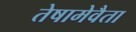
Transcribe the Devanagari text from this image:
तेषामेवैता